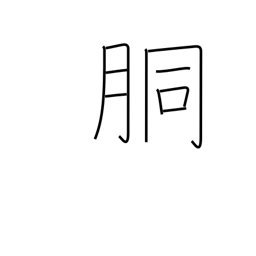
Meaning: trunk